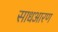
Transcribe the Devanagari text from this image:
साधआरण